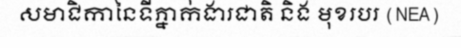
សមាជិកានៃទីភ្នាក់ងារជាតិ និង មុខរបរ (NEA)